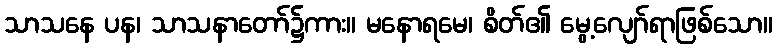
သာသနေ ပန၊ သာသနာတော်၌ကား။ မနောရမေ၊ စိတ်၏ မွေ့လျော်ရာဖြစ်သော။